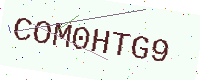
Text: COM0HTG9